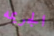
الجريمه